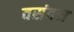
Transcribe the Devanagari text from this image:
वसंतन